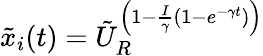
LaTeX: \tilde{x}_{i}(t)=\tilde{U}_{R}^{\left(1-\frac{I}{\gamma}(1-e^{-\gamma t})\right)}